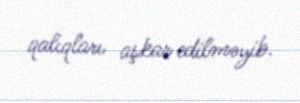
qalıqları aşkar edilməyib.